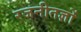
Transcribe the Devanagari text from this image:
रजनीतज्ञों